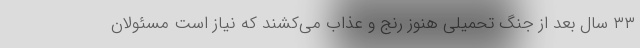
۳۳ سال بعد از جنگ تحمیلی هنوز رنج و عذاب می‌کشند که نیاز است مسئولان